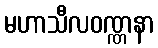
မဟာသီလဝဏ္ဏနာ